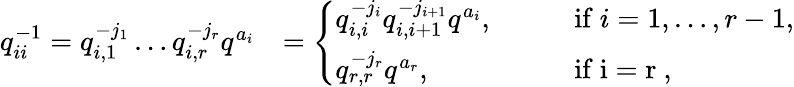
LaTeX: \begin{array}{rl}{q_{ii}^{-1}=q_{i,1}^{-j_{1}}\ldots q_{i,r}^{-j_{r}}q^{a_{i}}}&{=\left\{ \begin{array}{ll}{q_{i,i}^{-j_{i}}q_{i,i+1}^{-j_{i+1}}q^{a_{i}},\qquad}&{\mathrm{if~}i=1,\ldots,r-1,}\\ {q_{r,r}^{-j_{r}}q^{a_{r}},}&{\mathrm{if~i=r~},}\end{array}\right.}\end{array}